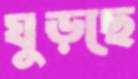
ঘুড়ছে